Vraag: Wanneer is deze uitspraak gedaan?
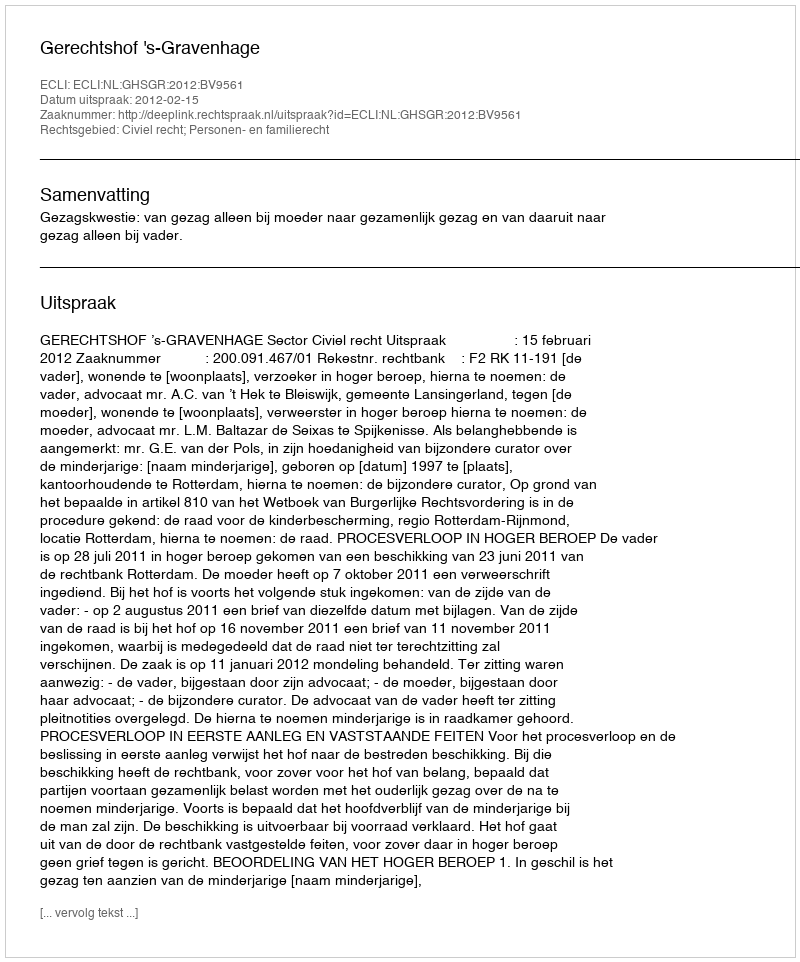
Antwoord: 2012-02-15